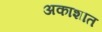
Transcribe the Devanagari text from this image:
अकाशात